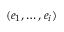
( e _ { 1 } , \dots , e _ { i } )